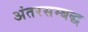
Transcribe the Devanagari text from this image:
अंतरसम्बद्ध